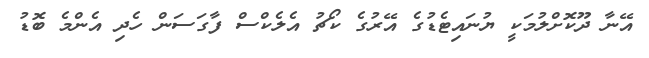
އޭނާ ދޫކޮށްލުމަކީ ޔުނައިޓެޑުގެ އޭރުގެ ކޯޗު އެލެކްސް ފާގަސަން ހެދި އެންމެ ބޮޑު